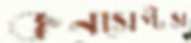
কনসেপ্টস